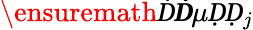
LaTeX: \ensuremath Ḋ\boldsymbol Ḋ\mu ḌḌ_{j}